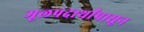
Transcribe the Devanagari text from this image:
मूलपदार्थांपासून